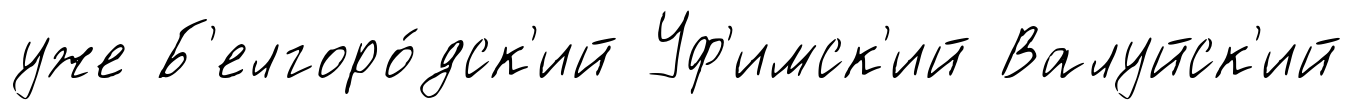
уже Б'елгоро́дск'ий Уф'имск'ий Валуйск'ий